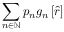
\sum _ { n \in \mathbb { N } } p _ { n } g _ { n } \left[ \hat { r } \right]